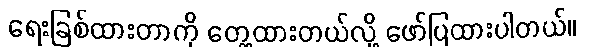
ရေးခြစ်ထားတာကို တွေ့ထားတယ်လို့ ဖော်ပြထားပါတယ်။